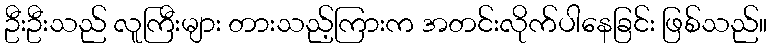
ဦးဦးသည် လူကြီးများ တားသည့်ကြားက အတင်းလိုက်ပါနေခြင်း ဖြစ်သည်။